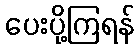
ပေးပို့ကြရန်